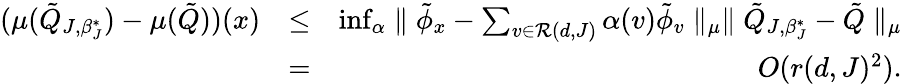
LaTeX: \begin{array}{rlr}{(\mu(\tilde{Q}_{J,\beta_{J}^{*}})-\mu(\tilde{Q}))(x)}&{\leq}&{\operatorname*{inf}_{\alpha}\parallel\tilde{\phi}_{x}-\sum_{v\in{\cal R}(d,J)}\alpha(v)\tilde{\phi}_{v}\parallel_{\mu}\parallel\tilde{Q}_{J,\beta_{J}^{*}}-\tilde{Q}\parallel_{\mu}}\\ &{=}&{O(r(d,J)^{2}).}\end{array}